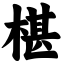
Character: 椹